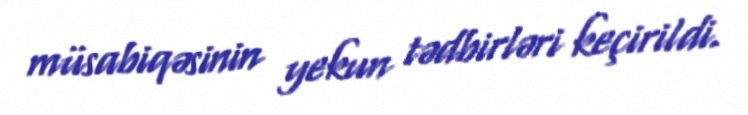
müsabiqəsinin yekun tədbirləri keçirildi.